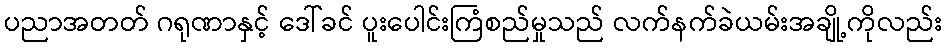
ပညာအတတ် ဂရုဏာနှင့် ဒေါ်ခင် ပူးပေါင်းကြံစည်မှုသည် လက်နက်ခဲယမ်းအချို့ကိုလည်း